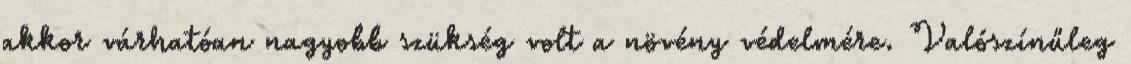
akkor várhatóan nagyobb szükség volt a növény védelmére. Valószínűleg